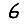
Digit: 6